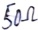
Text: 50Ω